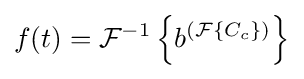
f(t)={\mathcal {F}}^{-1}\left\{b^{\left({\mathcal {F}}\{C_{c}\}\right)}\right\}